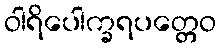
ဝါရိပေါက္ခရပတ္တေဝ